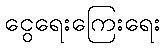
ငွေရေးကြေးရေး